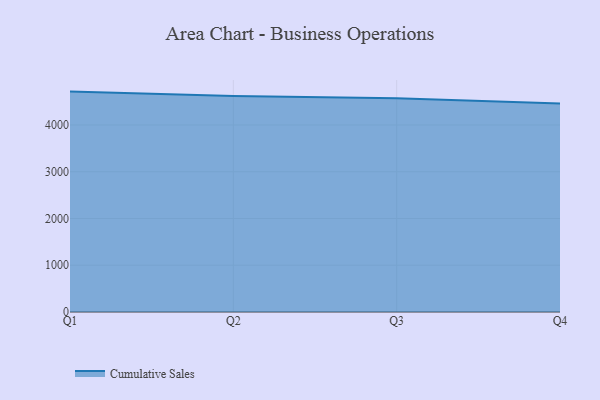
{"axis": {"x": "Quarter", "y": "Temperature (°C)"}, "legend": ["Cumulative Sales"], "data": [{"x": "Q1", "y": 4714.4, "type": "Cumulative Sales"}, {"x": "Q2", "y": 4621.4, "type": "Cumulative Sales"}, {"x": "Q3", "y": 4569.8, "type": "Cumulative Sales"}, {"x": "Q4", "y": 4458.4, "type": "Cumulative Sales"}]}